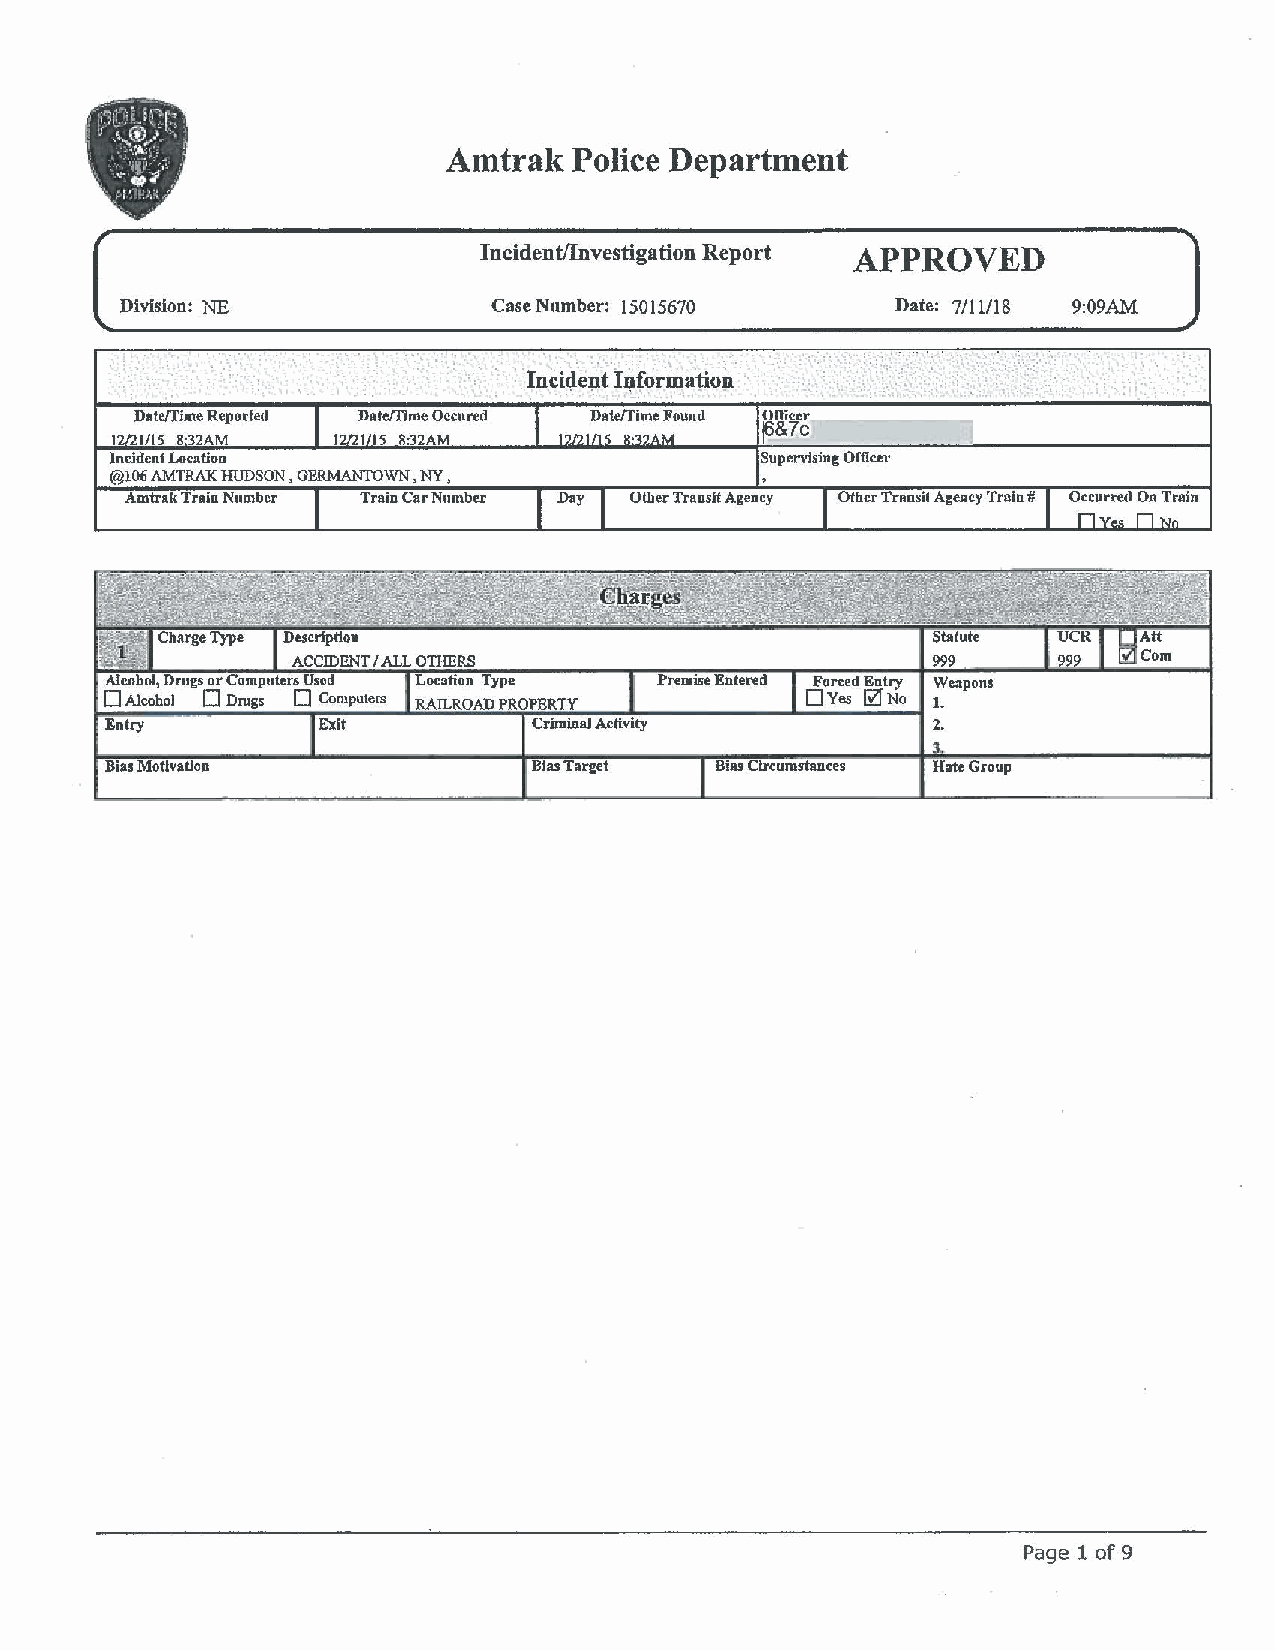
Amtrak   Police Department
 ,
 Incident/Investigation Report APPROVED
 Division: NE            Case Number: 15015670      Date: 7/11/18 9:09AM
 ,-
 • ~ • I • • '. ; • •. '-.
 . ...
 . . .  . ··~• .,
 ~
 Date/Tjme Reported Dateffime Occured Date/Time Found Officer
 ~&7c
 1/15 B·32AM    115 8:32AM
 Incident Location                          Supervising Officer
 @106 AMTRAK HUDSON, GERMANTOWN, NY,
 Amtrak Train Number Train Car Number Day Other Transit Agency Other Transit Agency Train # Occur.-ed On Train
 999
 Alcohol, Dmgs or Computers Used Location Type Premise Entered Forced Entry Weapons
 D Alcohol D Drugs D Computers RAILROAD PROPERTY D Ye:; @ No 1.
 1-E!!"n""tr'-y----------,~E!x"~it_ __. __ ___; ;;;,;;...,.,;,,;,;~C~~rim~in-a~JA-cf~.iv'l!i~ty-------_._----- -t 2,
 3
 Bias Motivation             Bias Target Bias Circumstances Hate Group
 Page 1 of 9